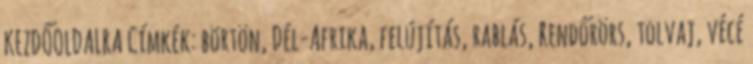
KEZDŐOLDALRA Címkék: börtön, Dél-Afrika, felújítás, rablás, Rendőrörs, tolvaj, vécé